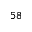
^ { 5 8 }